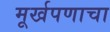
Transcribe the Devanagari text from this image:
मूर्खपणाचा